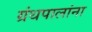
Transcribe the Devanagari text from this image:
ग्रंथपालांना